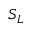
S _ { L }